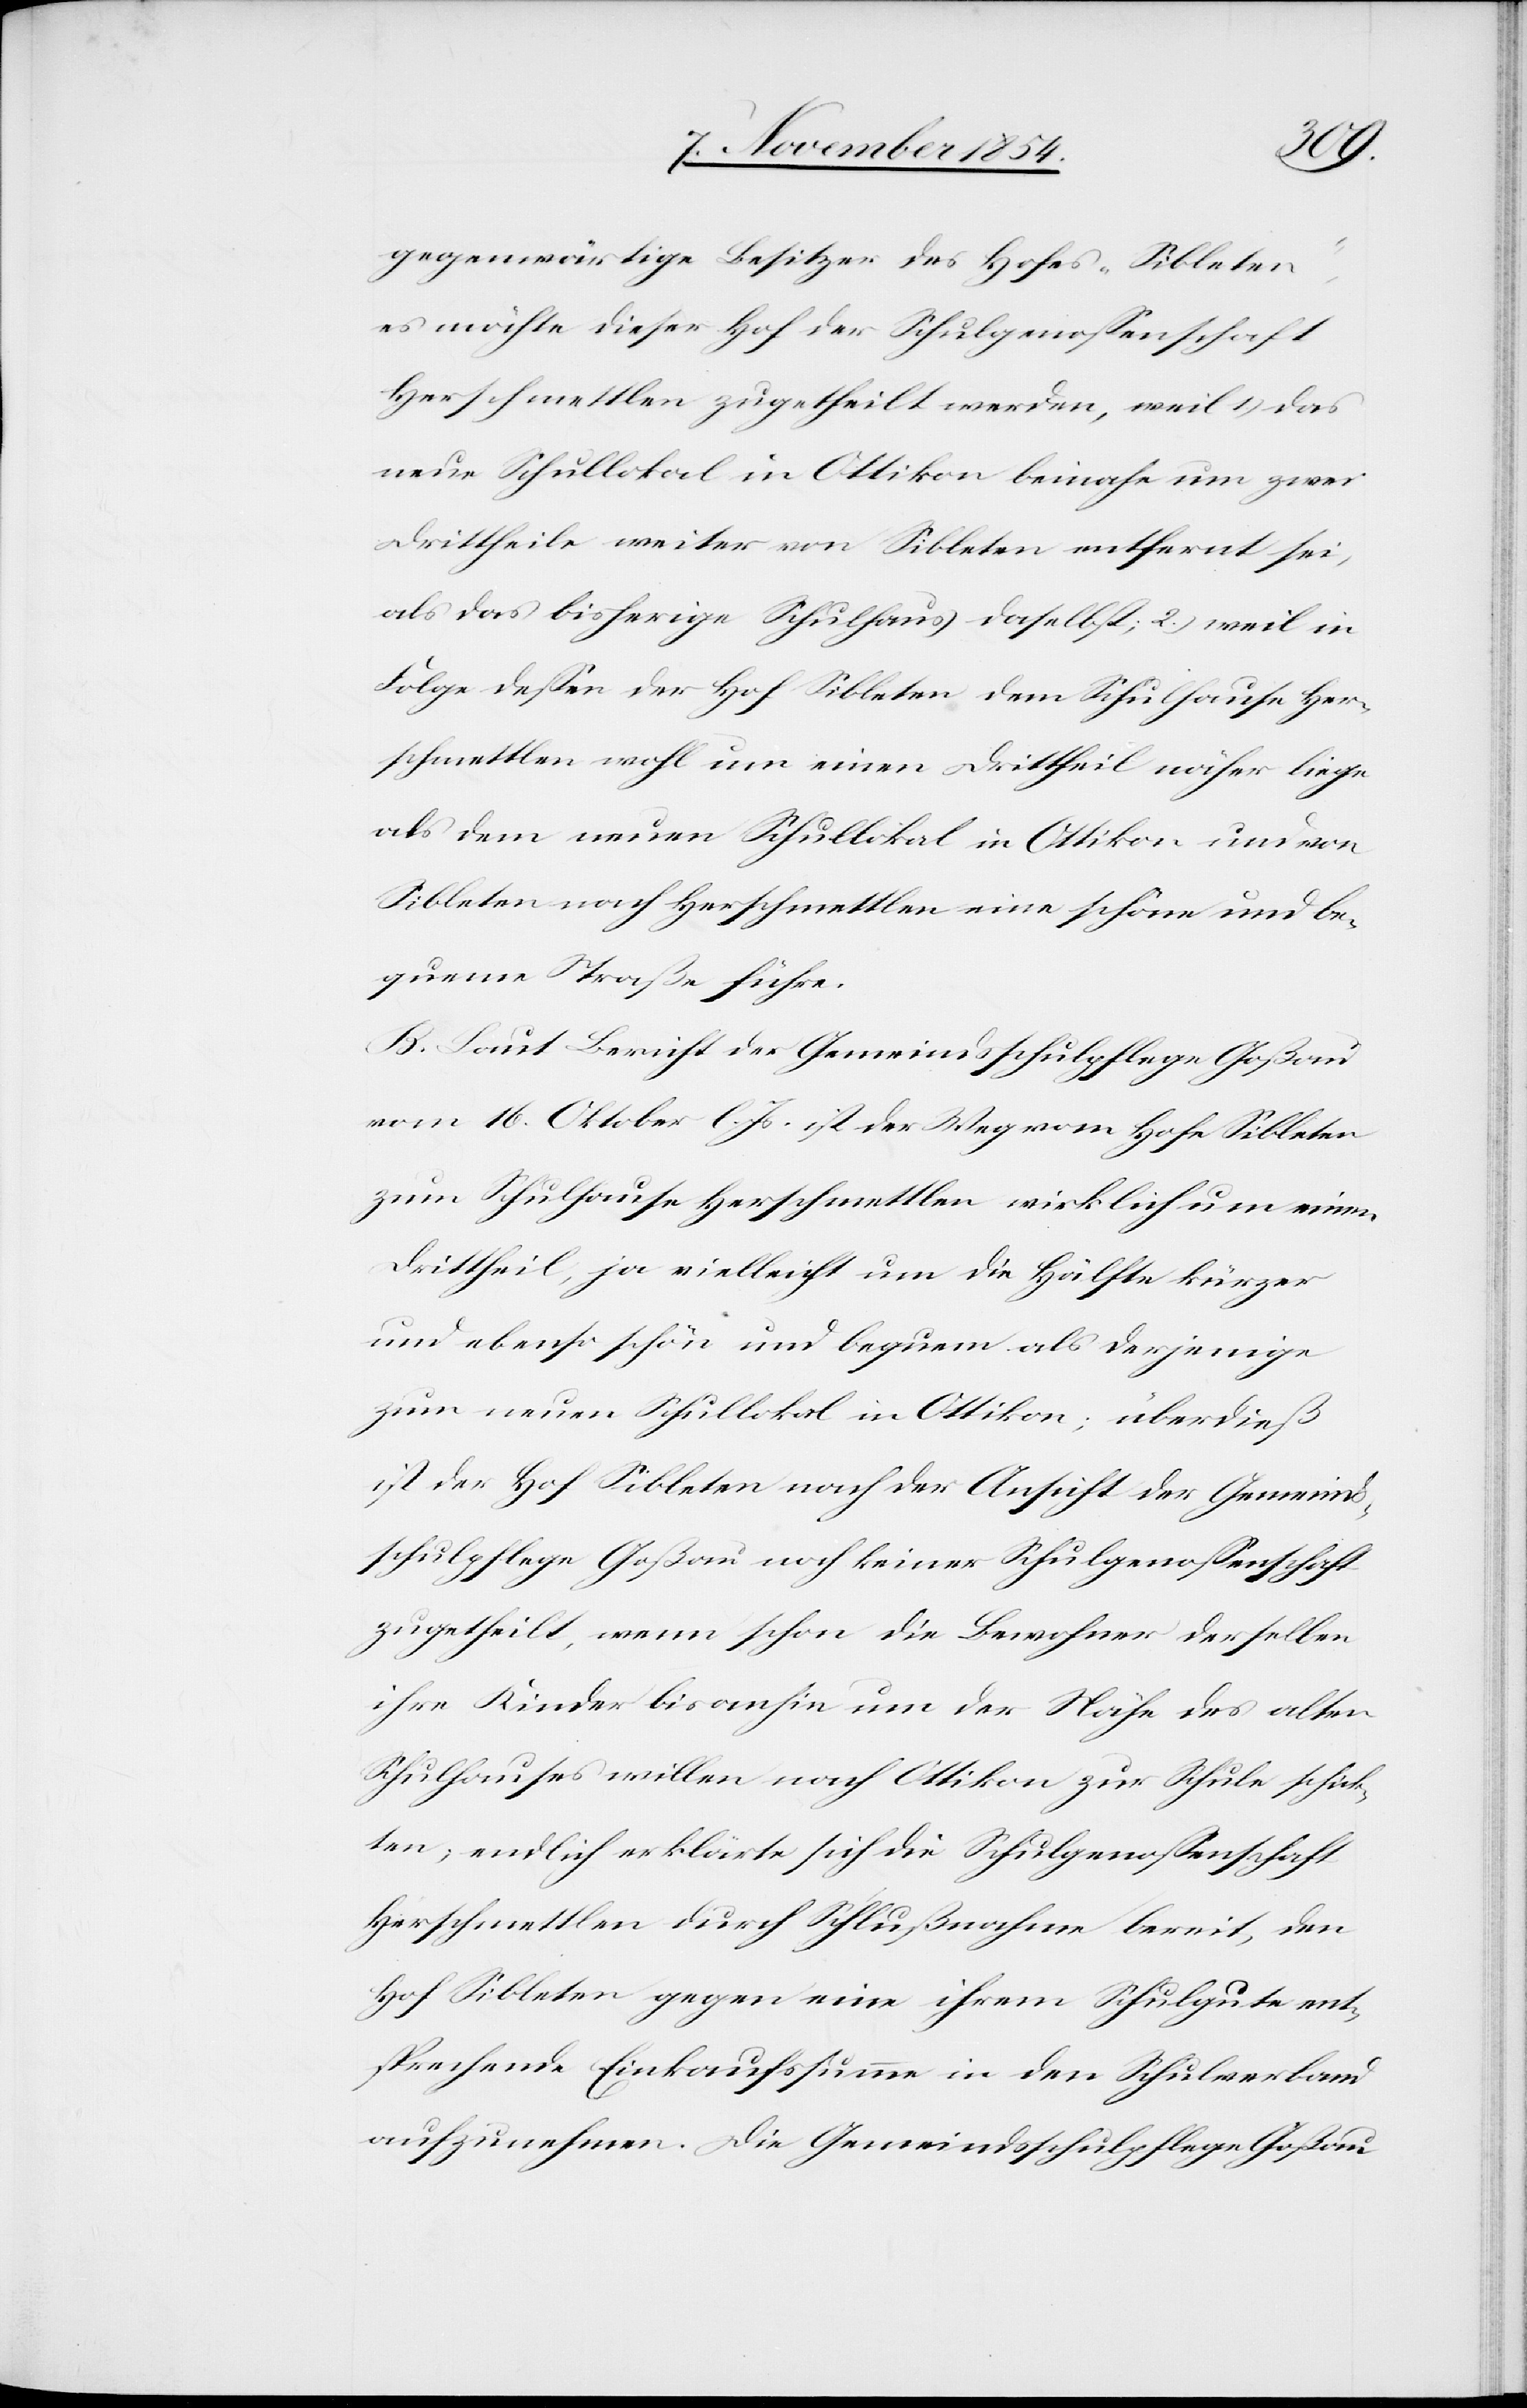
gegenwärtige Besitzer des Hofes „Sibleten“,
es möchte dieser Hof der Schulgenoßenschaft
Herschmettlen zugetheilt werden, weil 1.) das
neue Schullokal in Ottikon beinahe um zwei
Drittheile weiter von Sibleten entfernt sei,
als das bisherige Schulhaus daselbst; 2.) weil in
Folge deßen der Hof Sibleten dem Schulhause Her¬
schmettlen wohl um einen Drittheil näher liege
als dem neuen Schullokal in Ottikon und von
Sibleten nach Herschmettlen eine schöne und be¬
queme Straße führe.
B. Laut Bericht der Gemeindsschulpflege Goßau
vom 16. Oktober l. Js. ist der Weg vom Hofe Sibleten
zum Schulhause Herschmettlen wirklich um einen
Drittheil, ja vielleicht um die Hälfte kürzer
und ebenso schön und bequem als derjenige
zum neuen Schullokal in Ottikon; überdieß
ist der Hof Sibleten nach Ansicht der Gemeind¬
sschulpflege Goßau noch keiner Schulgenoßenschaft
zugetheilt, wenn schon die Bewohner derselben
ihre Kinder bis anhin um der Nähe des alten
Schulhauses willen nach Ottikon zur Schule schick¬
ten; endlich erklärte sich die Schulgenoßenschaft
Herschmettlen durch Schlußnahme bereit, den
Hof Sibleten gegen eine ihrem Schulgute ent¬
sprechende Einkaufssumme in den Schulverband
aufzunehmen. Die Gemeindsschulpflege Goßau